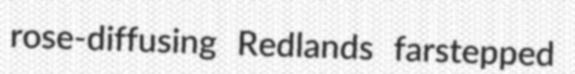
rose-diffusing Redlands farstepped